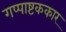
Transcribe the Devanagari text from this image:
गप्पाष्टककार